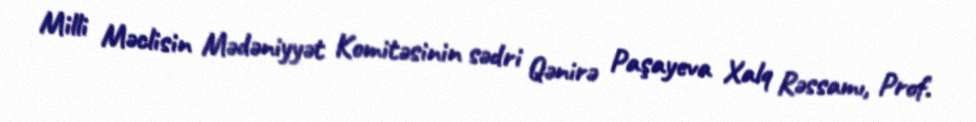
Milli Məclisin Mədəniyyət Komitəsinin sədri Qənirə Paşayeva Xalq Rəssamı, Prof.